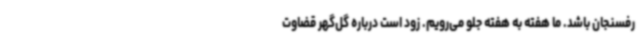
رفسنجان باشد. ما هفته به هفته جلو می‌رویم. زود است درباره گل‌گهر قضاوت